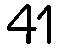
41